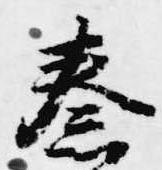
秦